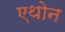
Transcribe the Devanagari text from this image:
एथोन